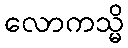
လောကသ္မိ